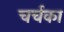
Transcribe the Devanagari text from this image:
चर्चका